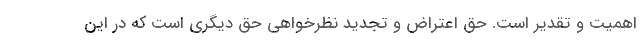
اهمیت و تقدیر است. حق اعتراض و تجدید نظرخواهی حق دیگری است که در این